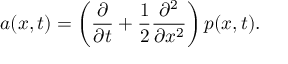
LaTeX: a ( x , t ) = \left( { \frac { \partial } { \partial t } } + { \frac { 1 } { 2 } } { \frac { \partial ^ { 2 } } { \partial x ^ { 2 } } } \right) p ( x , t ) .